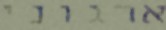
ארגוני